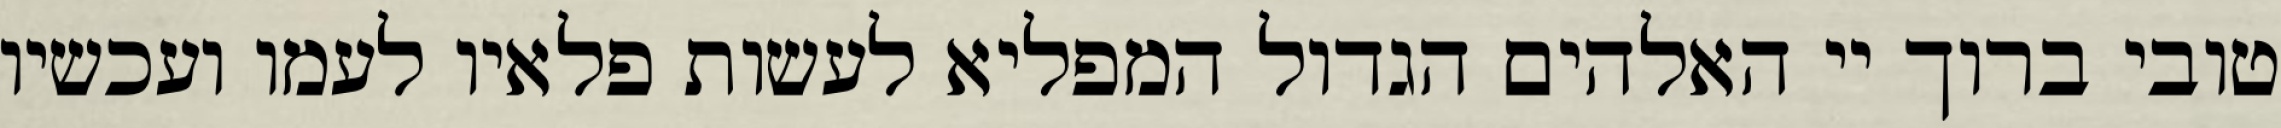
טובי ברוך יי האלהים הגדול המפליא לעשות פלאיו לעמו ועכשיו